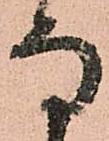
な